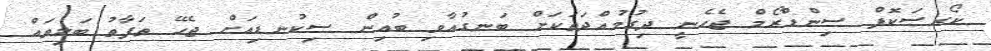
ކޯރސަކޮފް ސިންޑްރޯމް ޖެހެނީ ދިގުމުއްދަތަކަށް ބަނގުއާވި ބުއިން ސިކުނޑިއަށް ޖެހޭ ތަފާތު ބަލިތައް